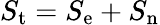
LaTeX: S_{\mathrm{t}}=S_{\mathrm{e}}+S_{\mathrm{n}}